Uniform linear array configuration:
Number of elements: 8
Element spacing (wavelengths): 1
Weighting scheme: cosine
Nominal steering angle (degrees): -45
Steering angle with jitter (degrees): -45.046
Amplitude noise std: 0.05
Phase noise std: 0.05

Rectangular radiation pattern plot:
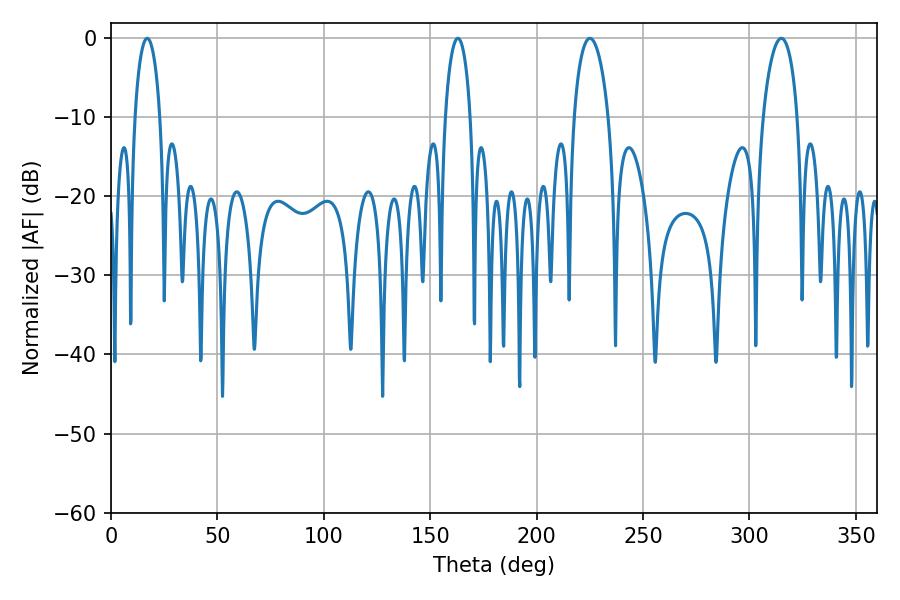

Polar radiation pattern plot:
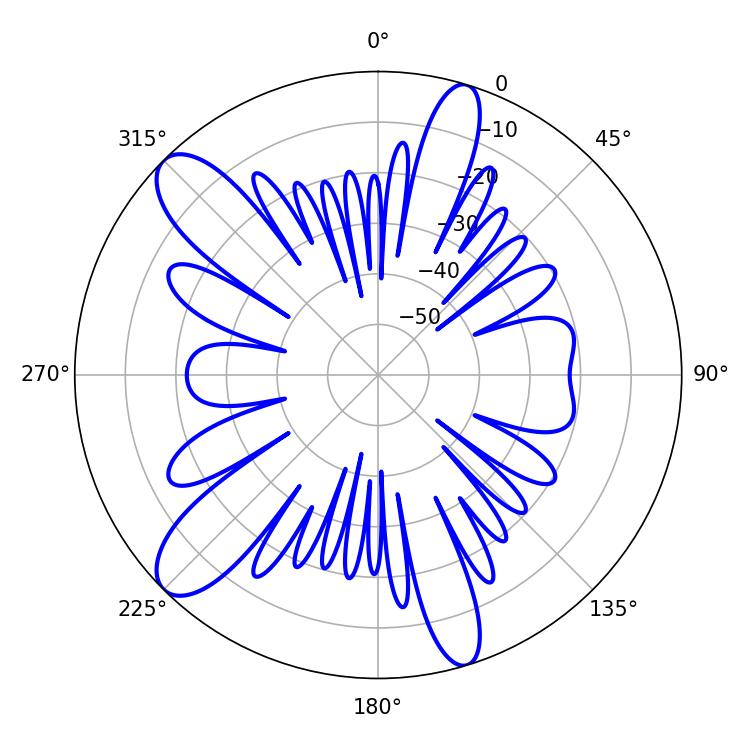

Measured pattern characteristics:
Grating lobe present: TRUE
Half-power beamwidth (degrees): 9.18
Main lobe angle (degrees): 225